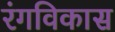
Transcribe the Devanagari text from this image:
रंगविकास